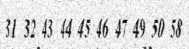
31 32 43 44 45 46 47 49 50 58